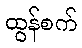
ထွန်စက်